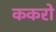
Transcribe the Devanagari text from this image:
ककरो